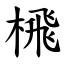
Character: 榌